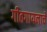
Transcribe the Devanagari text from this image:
गीतगायनाचे